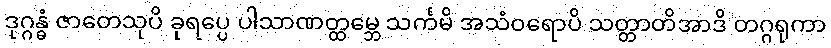
ဒုဂ္ဂန္ဓံ ဇာတေသုပိ ခုရပ္ပေ ပါသာဏတ္ထမ္ဘေ သင်္ကမိ အသံဝရောပိ သတ္တာတိအာဒိ တဂ္ဂရုကာ